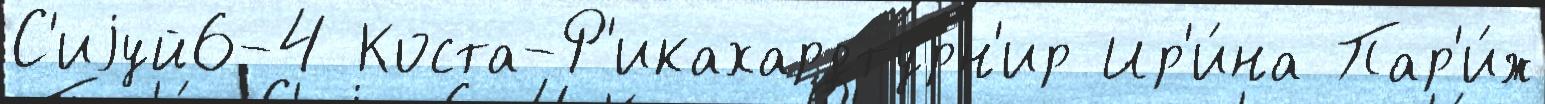
С'иjуй6-4 Коста-Р'икахардтурн'ир Ир'и́на Пар'и́ж